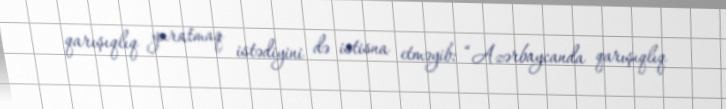
qarışıqlıq yaratmaq istədiyini də istisna etməyib: “Azərbaycanda qarışıqlıq